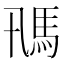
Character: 𩡵